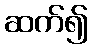
ဆက်၍